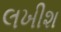
લખીશ